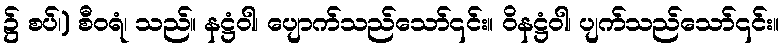
၌ စပ်၊) စီဝရံ၊ သည်။ နဋ္ဌံဝါ၊ ပျောက်သည်သော်၎င်း။ ဝိနဋ္ဌံဝါ၊ ပျက်သည်သော်၎င်း။